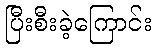
ပြီးစီးခဲ့ကြောင်း